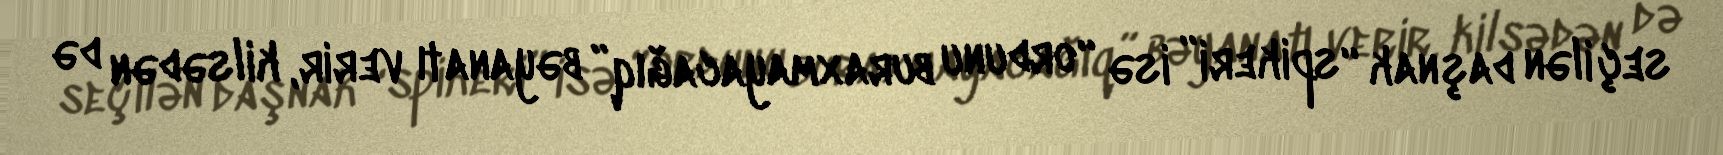
seçilən daşnak “spikeri” isə “ordunu buraxmayacağıq” bəyanatı verir, kilsədən də